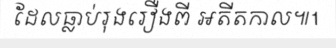
ដែលធ្លាប់រុងរឿងពី អតីតកាល៕1